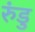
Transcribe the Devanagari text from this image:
रुंडु